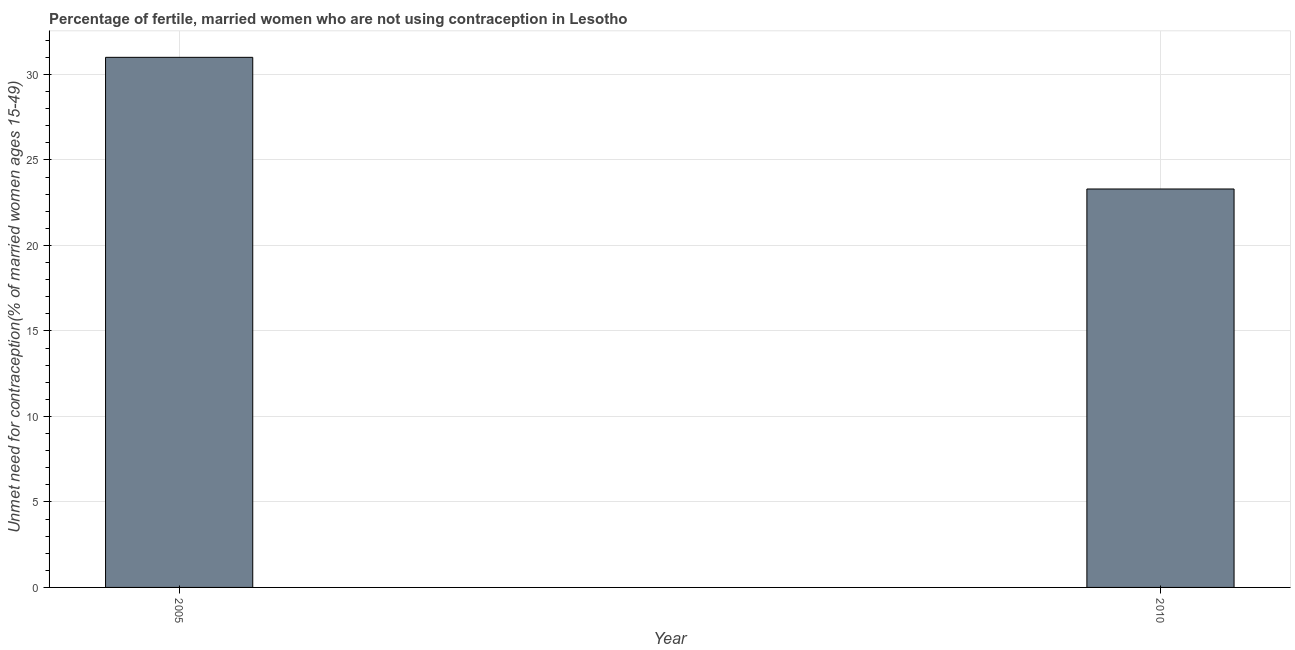
| Year | Unmet need for contraception |
 | --- | --- |
 | 2005 | 31 |
 | 2010 | 23.3 |